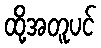
ထို့အတူပင်